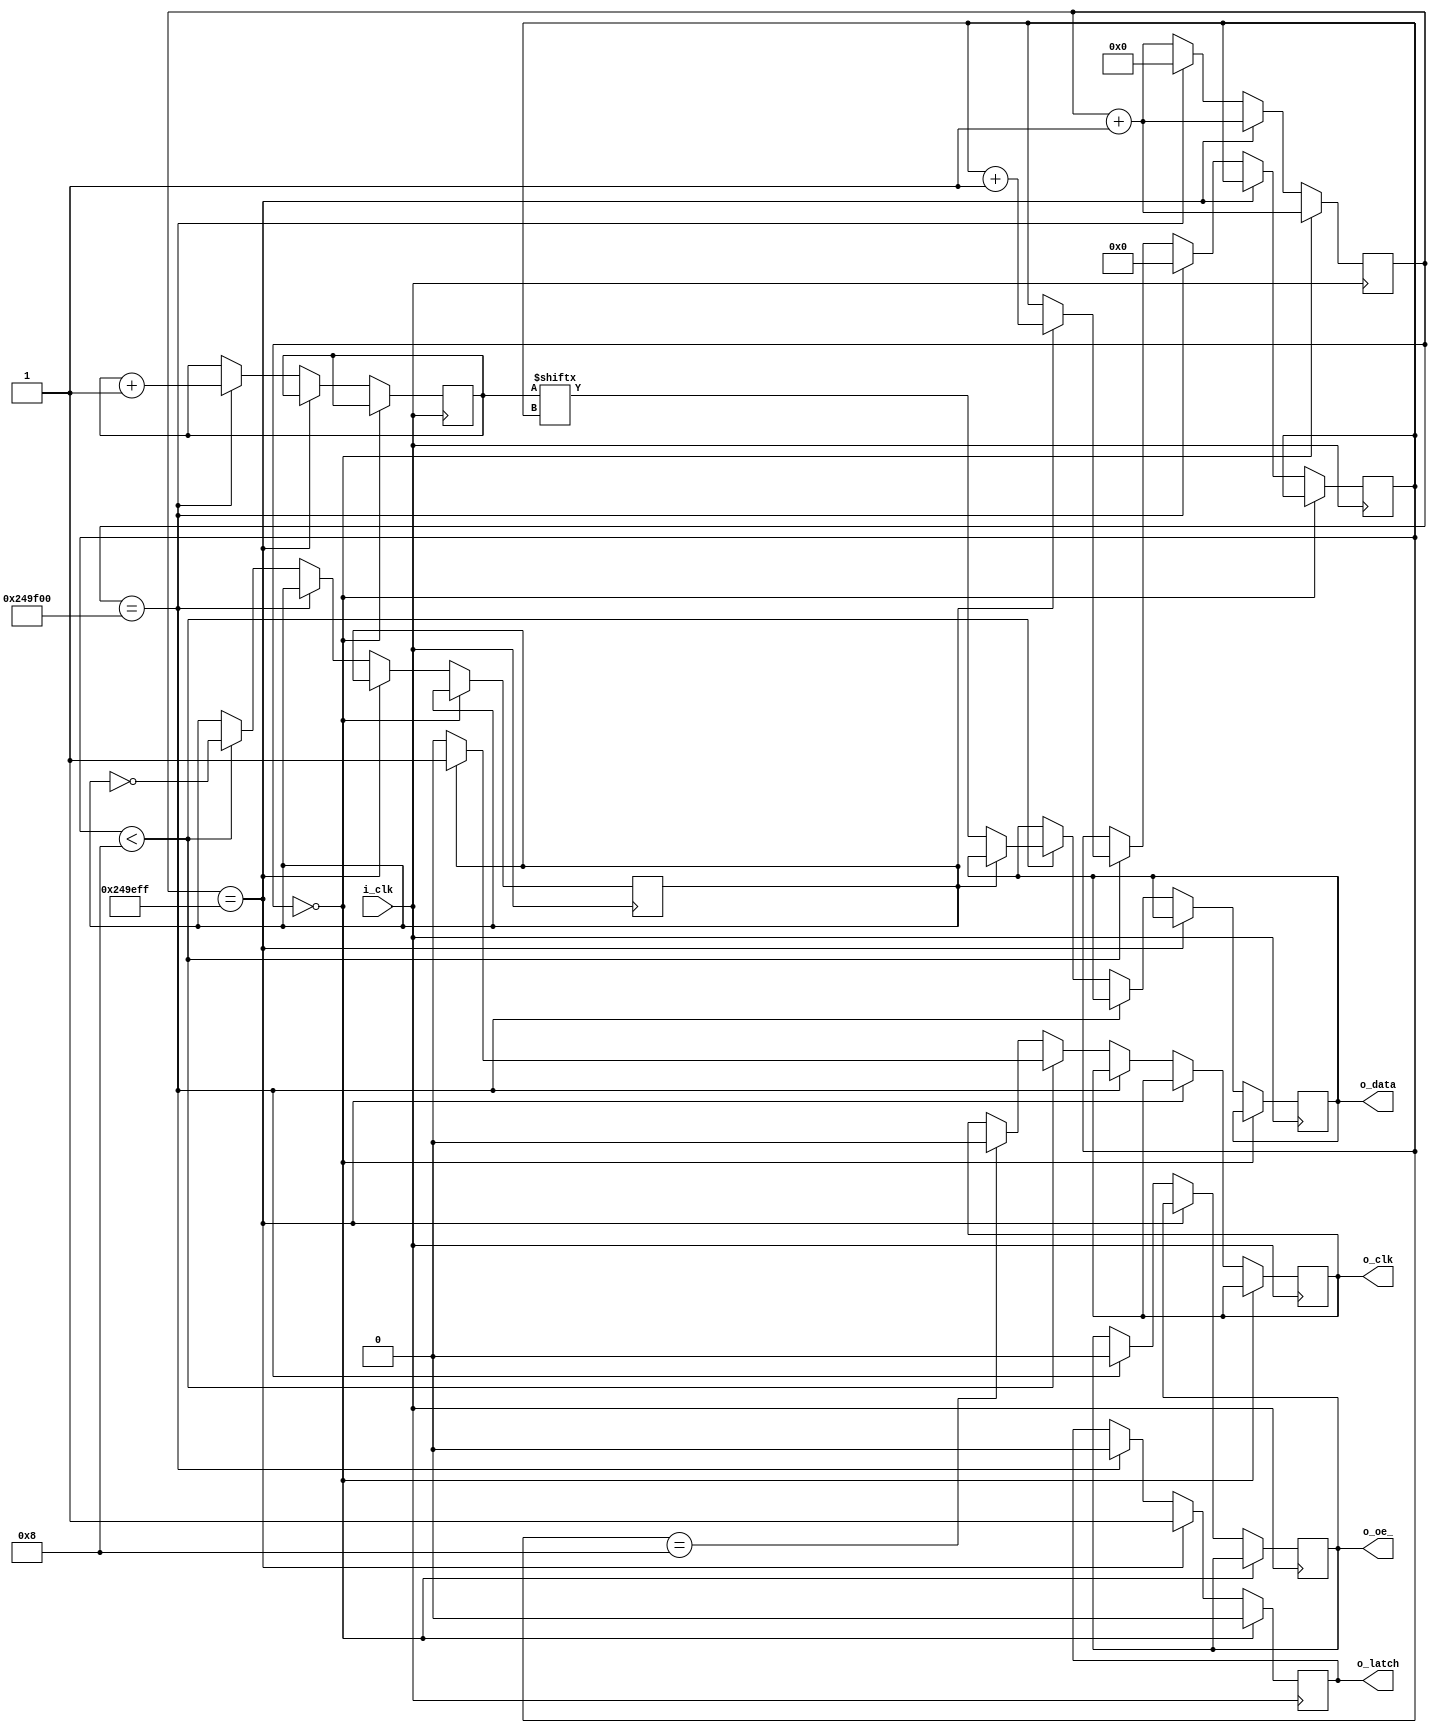
module shift_counter(
    input i_clk, //12MHz
    output o_clk,
    output o_latch,
    output o_data,
    output o_oe_
    );
    
    parameter update_ms = 200; //time in milliseconds between led changes (1 - 1,398)
    parameter ms_cycles = 12000; // Simulation: 1 -- Hardware: 12000
    parameter update_time = update_ms*ms_cycles;
    
    reg [23:0] update_counter = 0;
    reg [7:0] led_counter = 0;
    
    reg clk = 0;
    reg latch = 0;
    reg data = 0;
    reg oe_ = 1;
    reg data_step = 0; // 0: set shift data // 1: trigger shift clock
    reg [4:0] data_count = 0; //points to next position in counter register
    
    always @(posedge i_clk)
    begin
        update_counter <= update_counter+1;
        
        if (update_counter==0) latch <= 0;
        else if (update_counter==update_time-1) begin
            latch <= 1;            
        end
        else if (update_counter==update_time) begin
            led_counter <= led_counter + 1;
            latch <= 0;
            oe_ <= 0;
            data_count <= 0;
            update_counter <= 0;
        end
        else if (data_count<8) begin
            if (~data_step) begin
                data <= led_counter[data_count];
                clk <= 0;
            end
            else begin
                clk <= 1;
                data_count <= data_count + 1;
            end 
            data_step <= ~data_step;
        end
        else if (data_count==8) clk <= 0;
    end
    
    assign o_clk = clk;
    assign o_latch = latch;
    assign o_data = data;
    assign o_oe_ = oe_;
endmodule